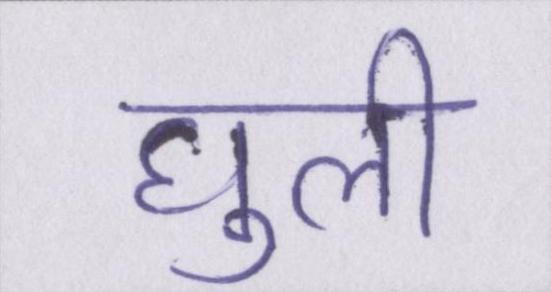
घुली